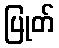
ပြုတ်